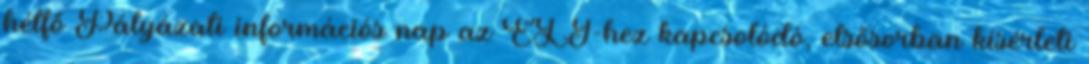
hétfő Pályázati információs nap az ELI-hez kapcsolódó, elsősorban kísérleti